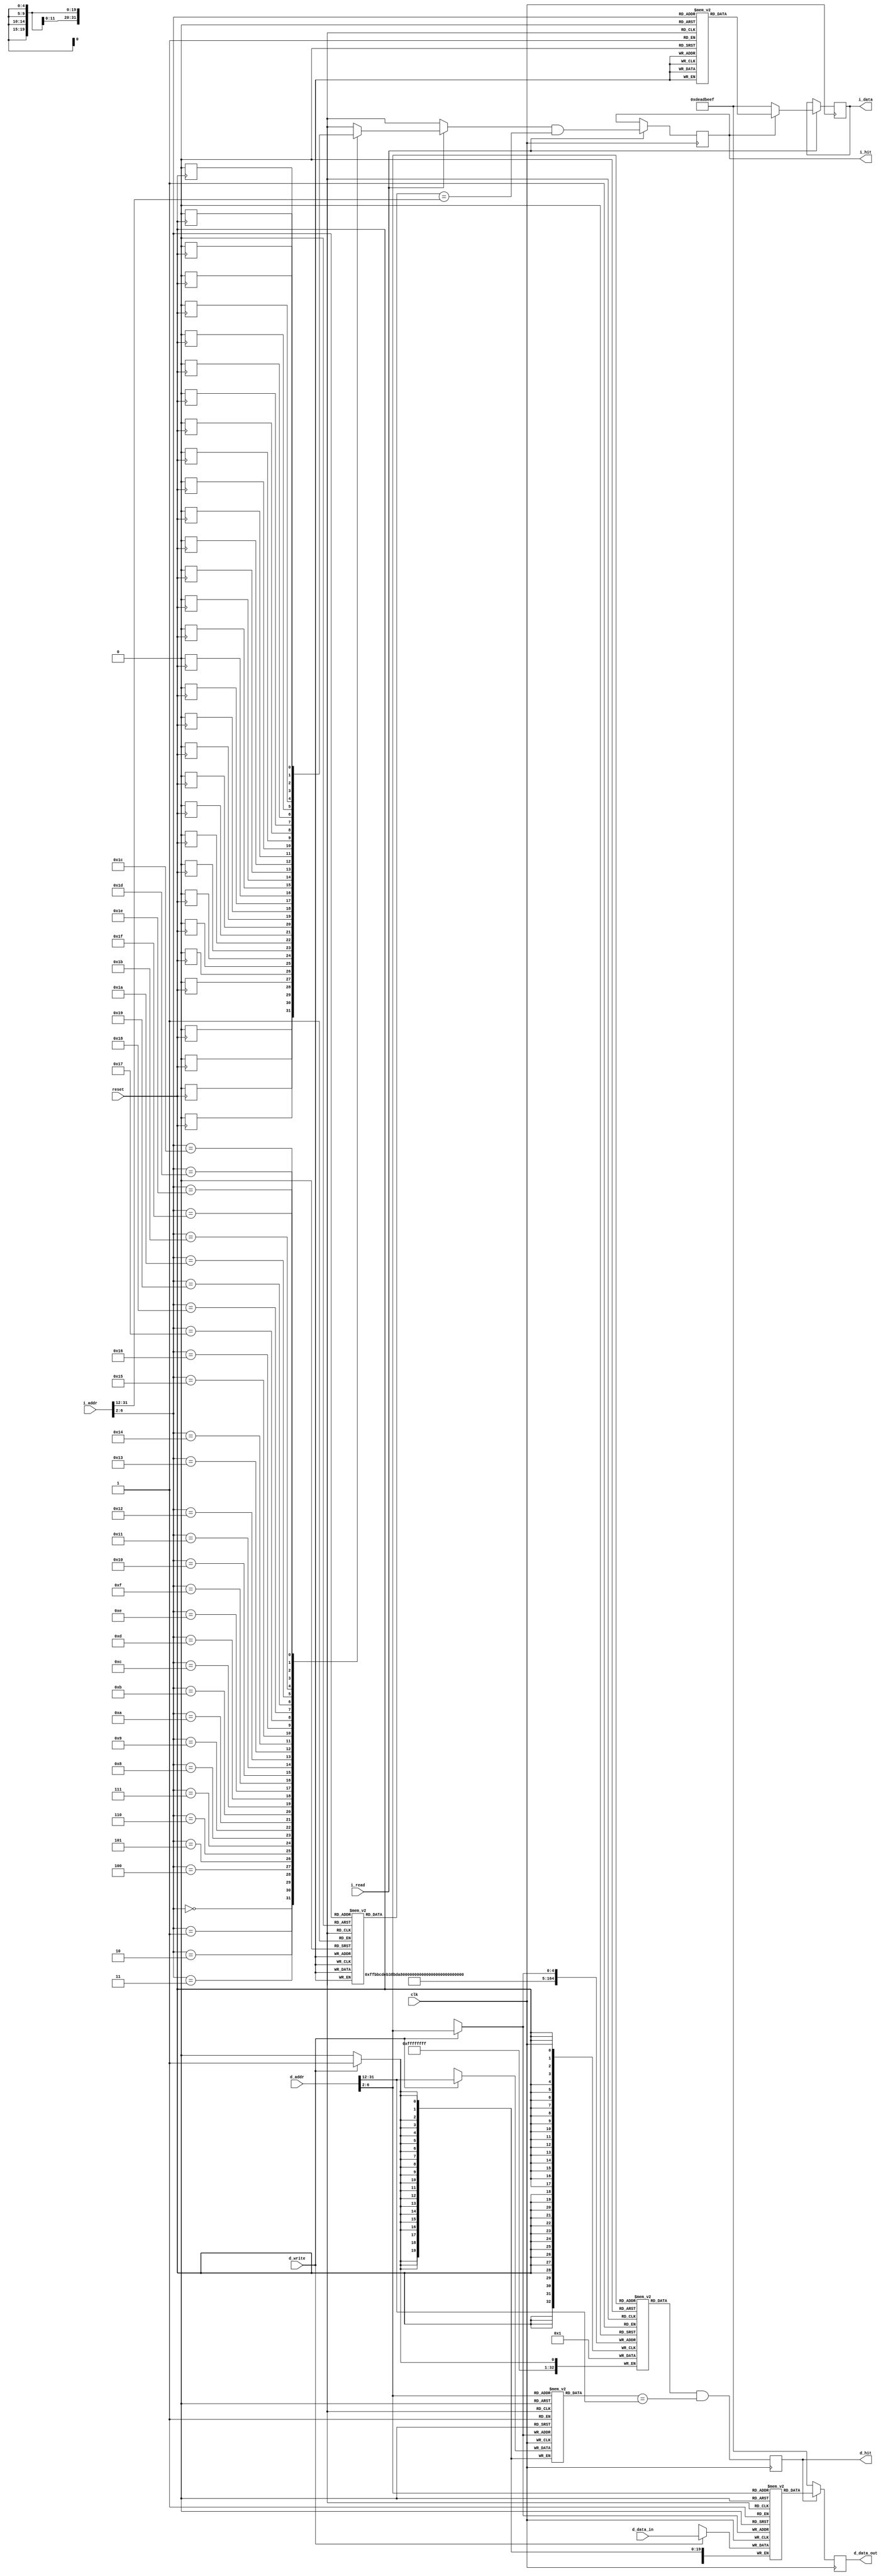
module L1_Cache(
    input wire clk,
    input wire reset,
    
    // I-Cache Interface
    input wire [31:0] i_addr, // Instruction address
    input wire i_read,         // Instruction read request
    output reg [31:0] i_data,  // Instruction data
    output reg i_hit,          // Instruction cache hit signal

    // D-Cache Interface
    input wire [31:0] d_addr, // Data address
    input wire [31:0] d_data_in, // Data input for write
    input wire d_write,        // Data write request
    output reg [31:0] d_data_out, // Data output for read
    output reg d_hit           // Data cache hit signal
);

    // Parameters
    parameter CACHE_SIZE = 1024;  // Number of cache lines
    parameter LINE_SIZE = 32;       // Line size in bytes
    parameter NUM_LINES = CACHE_SIZE / LINE_SIZE; // Number of lines
    parameter TAG_SIZE = 20; // Assuming 32-bit address and 12 bits for index and offset

    // Cache line structure
    reg [TAG_SIZE-1:0] i_tags[0:NUM_LINES-1]; // Instruction cache tags
    reg [TAG_SIZE-1:0] d_tags[0:NUM_LINES-1]; // Data cache tags
    reg [LINE_SIZE-1:0] i_cache[0:NUM_LINES-1]; // Instruction cache data
    reg [LINE_SIZE-1:0] d_cache[0:NUM_LINES-1]; // Data cache data
    reg i_valid[0:NUM_LINES-1]; // Instruction valid bits
    reg d_valid[0:NUM_LINES-1]; // Data valid bits
    reg d_dirty[0:NUM_LINES-1]; // Data dirty bits

    // Cache index and offset
    wire [9:0] i_index = i_addr[11:2]; // 10 bits for indexing 1024 lines
    wire [9:0] d_index = d_addr[11:2];
    wire [19:0] i_tag = i_addr[31:12]; // 20 bits for tag
    wire [19:0] d_tag = d_addr[31:12];
    
    // Initialize cache on reset
    integer i;
    always @(posedge reset) begin
        for (i = 0; i < NUM_LINES; i = i + 1) begin
            i_valid[i] <= 0;
            d_valid[i] <= 0;
            d_dirty[i] <= 0;
        end
    end

    // Instruction Cache Read
    always @(posedge clk) begin
        if (i_read) begin
            i_hit <= (i_valid[i_index] && (i_tags[i_index] == i_tag));
            if (i_hit) begin
                i_data <= i_cache[i_index]; // Read data from cache
            end else begin
                // Cache miss handling (simplified)
                i_data <= 32'hDEADBEEF; // Placeholder for cache miss data
            end
        end
    end

    // Data Cache Read/Write
    always @(posedge clk) begin
        // Write operation
        if (d_write) begin
            d_cache[d_index] <= d_data_in; // Write data into cache
            d_tags[d_index] <= d_tag;      // Update tag
            d_valid[d_index] <= 1;          // Mark line as valid
            d_dirty[d_index] <= 1;          // Mark as dirty
        end
        
        // Read operation
        d_hit <= (d_valid[d_index] && (d_tags[d_index] == d_tag));
        if (d_hit) begin
            d_data_out <= d_cache[d_index]; // Read data from cache
        end else begin
            // Cache miss handling (simplified)
            d_data_out <= 32'hDEADBEEF; // Placeholder for cache miss data
        end
    end

endmodule